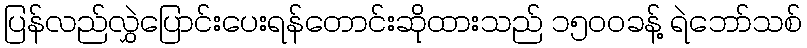
ပြန်လည်လွှဲပြောင်းပေးရန်တောင်းဆိုထားသည် ၁၅၀၀ခန့် ရဲဘော်သစ်